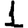
Digit: 1